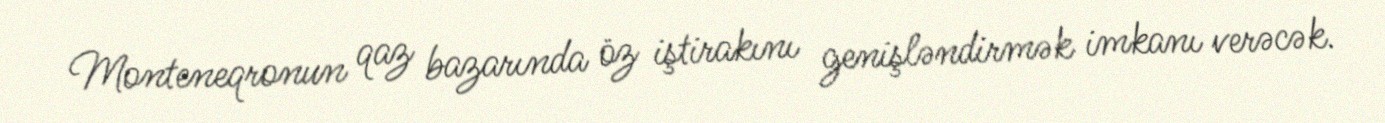
Monteneqronun qaz bazarında öz iştirakını genişləndirmək imkanı verəcək.